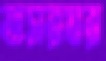
বাসরঘর